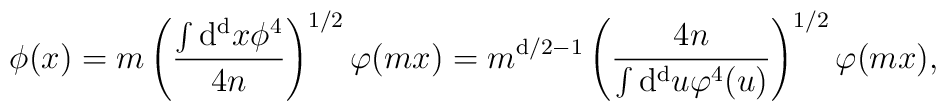
\phi ( x ) = m  \left({ \int   {\rm d^d} x \phi^4 \over 4n} \right)^{1/2} \varphi ( m x )  = m^{ {\rm d}/2 -1} \left(  {4n \over     \int   {\rm d^d} u \varphi^4 (u) }\right)^{1/2} \varphi ( m x ),